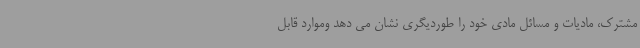
مشترک، مادیات و مسائل مادی خود را طوردیگری نشان می دهد وموارد قابل